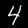
Label: 4